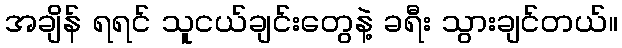
အချိန် ရရင် သူငယ်ချင်းတွေနဲ့ ခရီး သွားချင်တယ်။